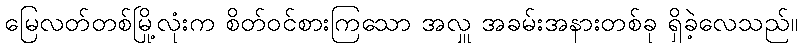
မြေလတ်တစ်မြို့လုံးက စိတ်ဝင်စားကြသော အလှူ အခမ်းအနားတစ်ခု ရှိခဲ့လေသည်။